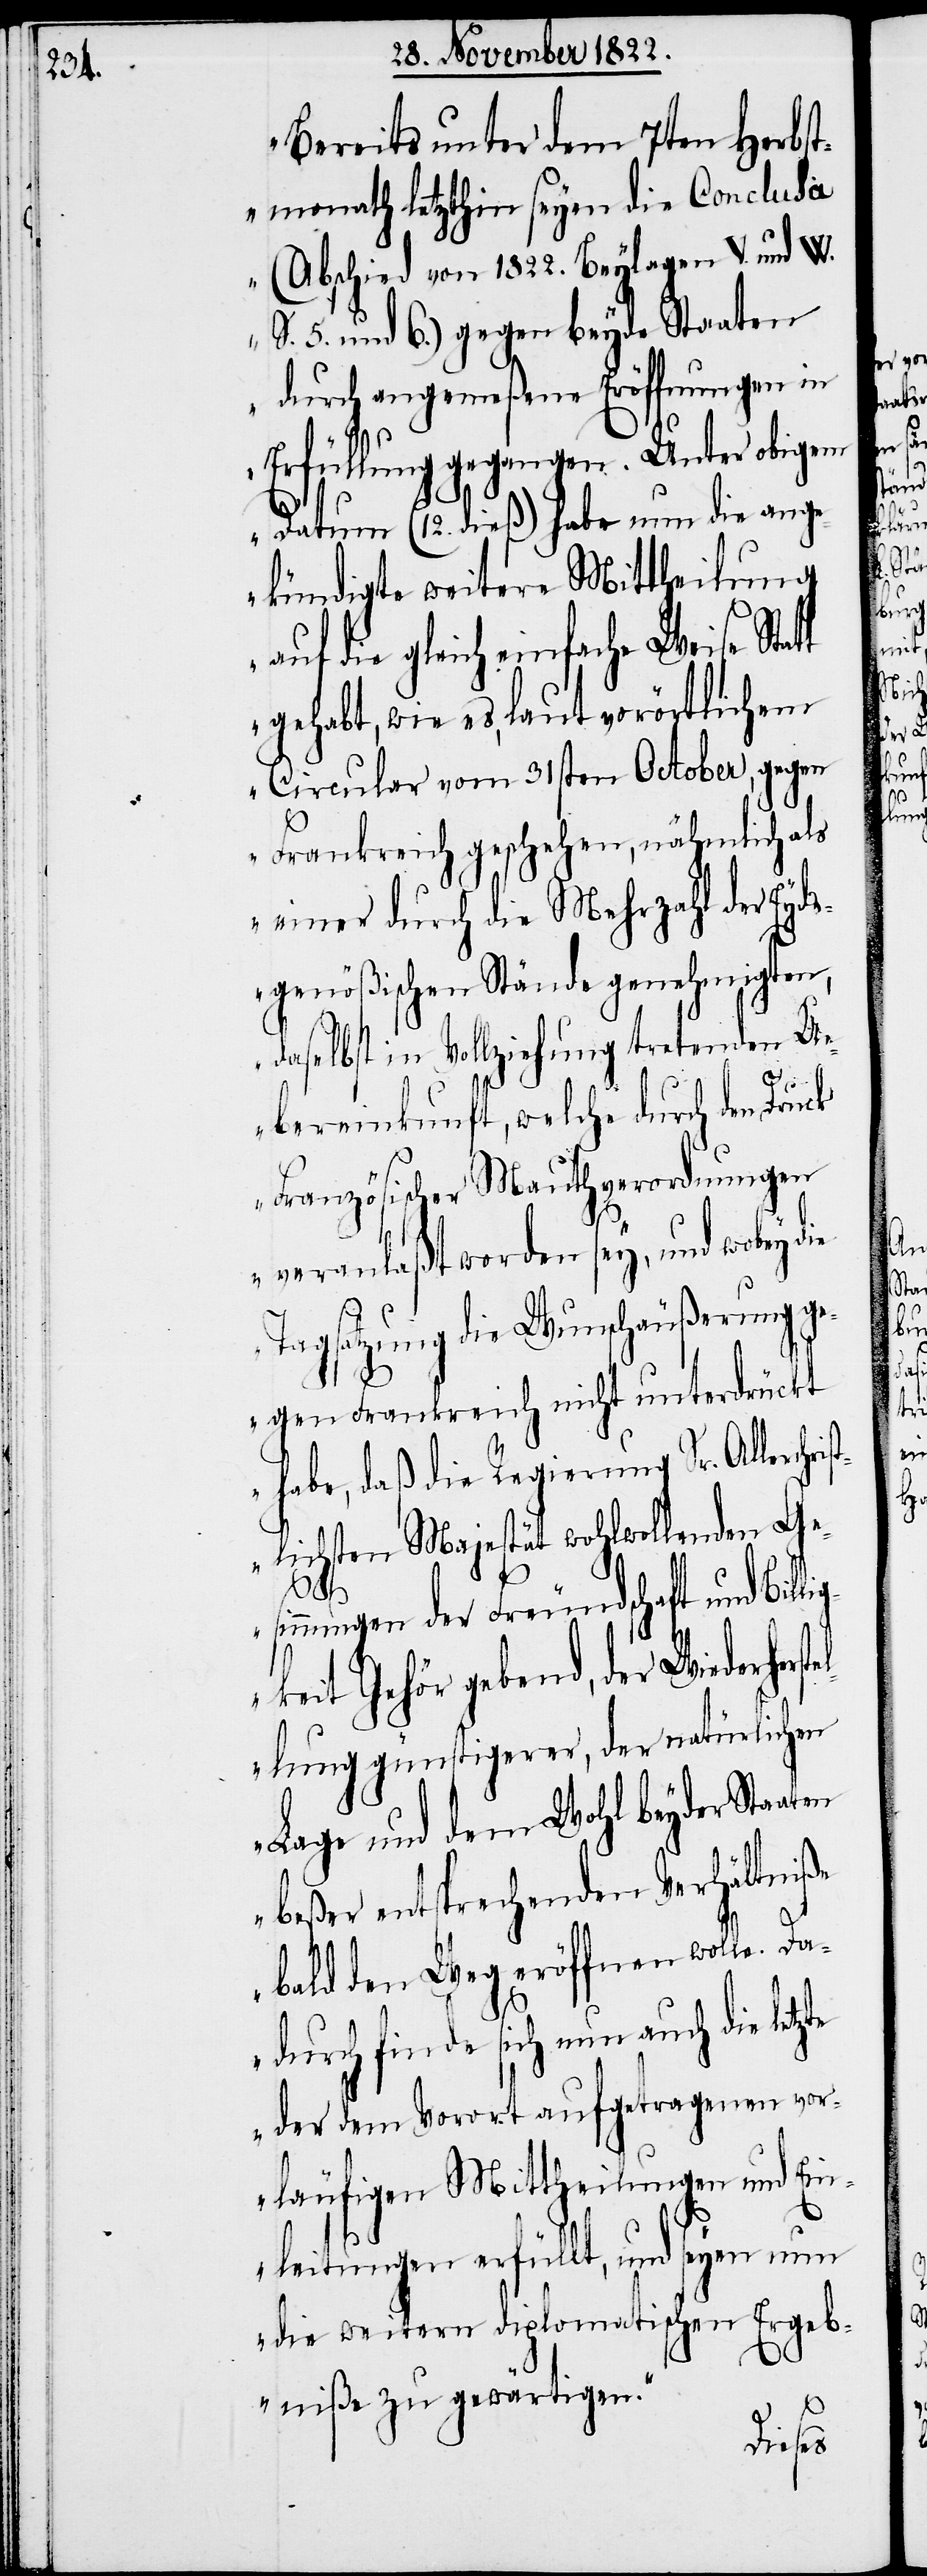
„Bereits unter dem 7ten Herbst¬
monath letzthin seyen die Conclusa
(Abschied von 1822. Beylagen V. und W.
S. 5. und 6.) gegen beyde Staaten
durch angemeßene Eröffnungen in
Erfüllung gegangen. Unter obigem
Datum (12. dieß) habe nun die ange¬
kündigte weitere Mittheilung
auf die gleich einfache Weise St¬
gehabt, wie es, laut vorörtlichem
Circular vom 31sten October, gegen
Frankreich geschehen, nähmlich als
einer durch die Mehrzahl der Eyd¬
sgenößischen Stände genehmigten,
daselbst in Vollziehung tretenden U¬
ebereinkunft, welche durch den
Französischer Mauthverordnungen
veranlaßt worden sey, und wobey
Tagsatzung die Wunschäußerung ge¬
en
gen Frankreich nicht unterdrückt
habe, daß die Regierung Sr. Allerchr¬
ichsten Majestät wohlwollenden Ge¬
istl¬
sinnungen der Freundschaft und Bill¬
igkeit Gehör gebend, der Wiederherst¬
ellung günstigerer, der natürlichen
Lage und dem Wohl beyder Staat¬
beßer entsprechenden Verhältniße
bald den Weg eröffnen wolle. Da¬
durch finde sich nun auch die letzte
der dem Vorort aufgetragenen vor¬
läufigen Mittheilungen und Ein¬
leitungen erfüllt, und seyen nun
die weitern diplomatischen Ergeb¬
niße zu gewärtigen.“